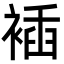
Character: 䙄